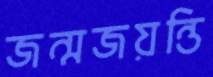
জন্মজয়ন্তি